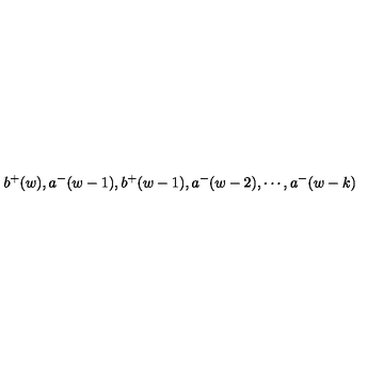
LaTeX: b ^ { + } ( w ) , a ^ { - } ( w - 1 ) , b ^ { + } ( w - 1 ) , a ^ { - } ( w - 2 ) , \cdots , a ^ { - } ( w - k )